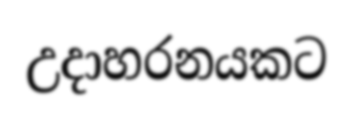
උදාහරනයකට